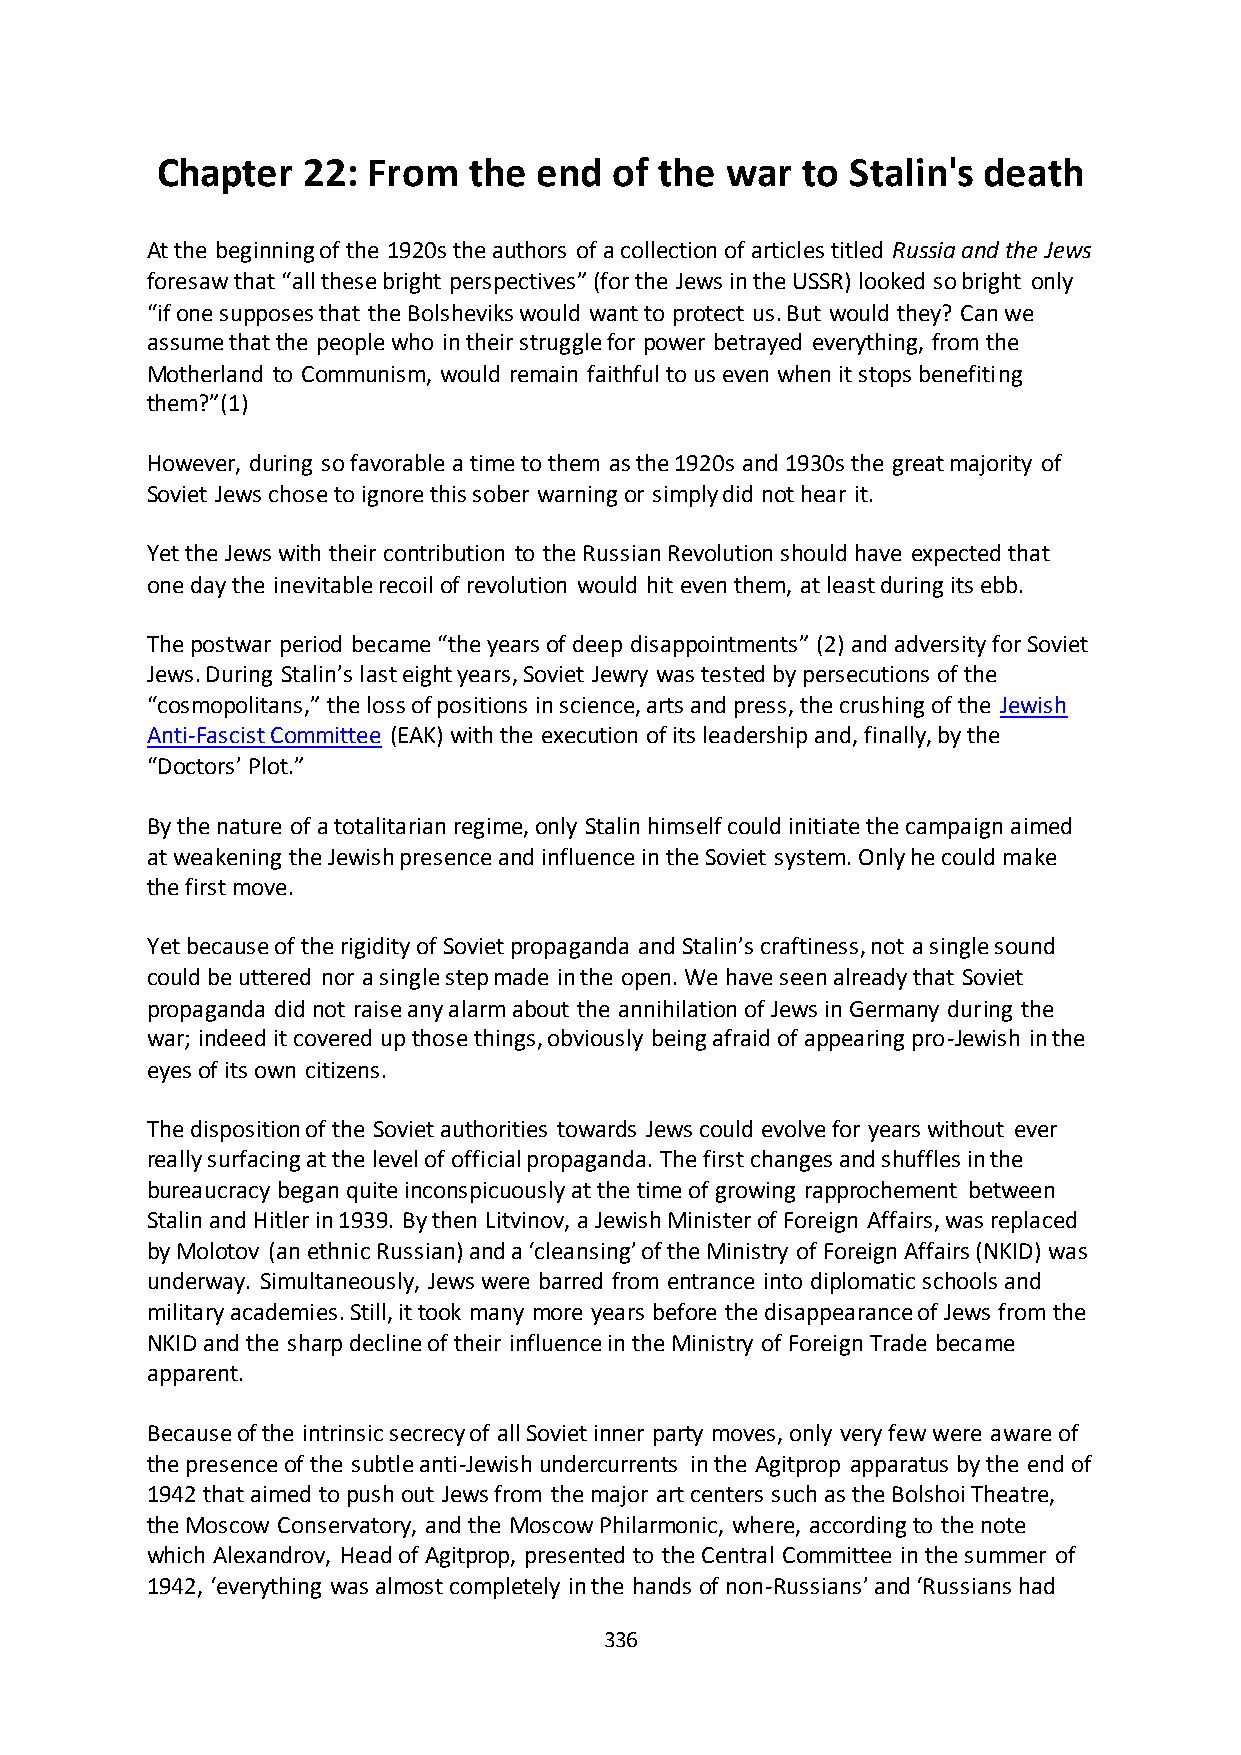
Chapter   22: From   the  end of  the war  to Stalin's death
 At the beginning of the 1920s the authors of a collection of articles titled Russia and the Jews
 foresaw that “all these bright perspectives” (for the Jews in the USSR) looked so bright only
 “if one supposes that the Bolsheviks would want to protect us. But would they? Can we
 assume that the people who in their struggle for power betrayed everything, from the
 Motherland to Communism, would remain faithful to us even when it stops benefiting
 them?”(1)
 However, during so favorable a time to them as the 1920s and 1930s the great majority of
 Soviet Jews chose to ignore this sober warning or simply did not hear it.
 Yet the Jews with their contribution to the Russian Revolution should have expected that
 one day the inevitable recoil of revolution would hit even them, at least during its ebb.
 The postwar period became “the years of deep disappointments” (2) and adversity for Soviet
 Jews. During Stalin’s last eight years, Soviet Jewry was tested by persecutions of the
 “cosmopolitans,” the loss of positions in science, arts and press, the crushing of the Jewish
 Anti-Fascist Committee (EAK) with the execution of its leadership and, finally, by the
 “Doctors’ Plot.”
 By the nature of a totalitarian regime, only Stalin himself could initiate the campaign aimed
 at weakening the Jewish presence and influence in the Soviet system. Only he could make
 the first move.
 Yet because of the rigidity of Soviet propaganda and Stalin’s craftiness, not a single sound
 could be uttered nor a single step made in the open. We have seen already that Soviet
 propaganda did not raise any alarm about the annihilation of Jews in Germany during the
 war; indeed it covered up those things, obviously being afraid of appearing pro-Jewish in the
 eyes of its own citizens.
 The disposition of the Soviet authorities towards Jews could evolve for years without ever
 really surfacing at the level of official propaganda. The first changes and shuffles in the
 bureaucracy began quite inconspicuously at the time of growing rapprochement between
 Stalin and Hitler in 1939. By then Litvinov, a Jewish Minister of Foreign Affairs, was replaced
 by Molotov (an ethnic Russian) and a ‘cleansing’ of the Ministry of Foreign Affairs (NKID) was
 underway. Simultaneously, Jews were barred from entrance into diplomatic schools and
 military academies. Still, it took many more years before the disappearance of Jews from the
 NKID and the sharp decline of their influence in the Ministry of Foreign Trade became
 apparent.
 Because of the intrinsic secrecy of all Soviet inner party moves, only very few were aware of
 the presence of the subtle anti-Jewish undercurrents in the Agitprop apparatus by the end of
 1942 that aimed to push out Jews from the major art centers such as the Bolshoi Theatre,
 the Moscow Conservatory, and the Moscow Philarmonic, where, according to the note
 which Alexandrov, Head of Agitprop, presented to the Central Committee in the summer of
 1942, ‘everything was almost completely in the hands of non-Russians’ and ‘Russians had
 336